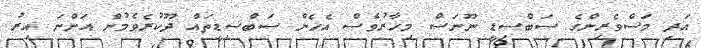
އަދި މަސްވެރިންގެ ސަބްސިޑީ ނޫނަސް މިހާރުވެސް އެހެން ސަބްސިޑީތައް ދޫކުރެވެމުން އަންނަ އިރު